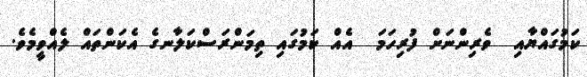
ކަމުގައްޔާއި  ވެރިންނަށް ފުރިހަމަ  އެއް ކަމުގައި ތިމަންރަސްކަލާނގެ އެކަންތައް ލެއްވީމެވެ.